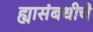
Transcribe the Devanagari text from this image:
ह्यासंबधीचे